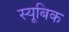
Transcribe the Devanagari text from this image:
स्यूबिक